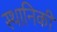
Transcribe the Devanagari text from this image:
स्थानिकी